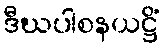
ဒီဃပါစနယဋ္ဌိံ